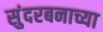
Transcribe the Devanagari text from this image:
सुंदरबनाच्या